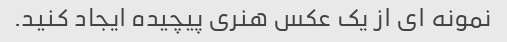
نمونه ای از یک عکس هنری پیچیده ایجاد کنید.